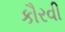
કૌરવી